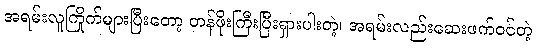
အရမ်းလူကြိုက်များပြီးတော့ တန်ဖိုးကြီးပြီးရှားပါးတဲ့၊ အရမ်းလည်းဆေးဖက်ဝင်တဲ့